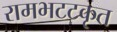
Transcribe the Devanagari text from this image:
रामभटटकृत